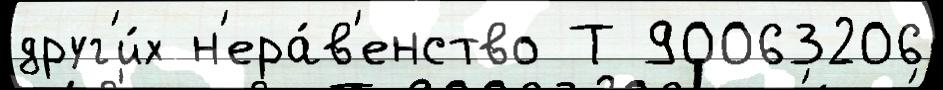
друг'и́х н'ера́в'енство Т 90063206